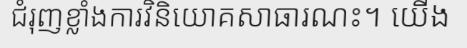
ជំរុញខ្លាំងការវិនិយោគសាធារណះ។ យើង